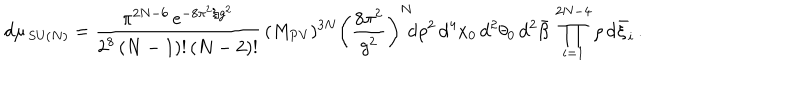
LaTeX: \mathrm { d } \mu _ { \, \mathrm { S U } ( N ) } = \frac { \pi ^ { 2 N - 6 } \, e ^ { - 8 \pi ^ { 2 } / g ^ { 2 } } } { 2 ^ { 8 } \, ( N - 1 ) ! \, ( N - 2 ) ! } \, ( M _ { \mathrm { P V } } ) ^ { 3 N } \left( \frac { 8 \pi ^ { 2 } } { g ^ { 2 } } \right) ^ { N } \! \! \mathrm { d } \rho ^ { 2 } \, \mathrm { d } ^ { 4 } x _ { 0 } \, \mathrm { d } ^ { 2 } \theta _ { 0 } \, \mathrm { d } ^ { 2 } \bar { \beta } \, \prod _ { i = 1 } ^ { 2 N - 4 } \rho \, \mathrm { d } \bar { \xi } _ { i } \, .